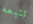
تتبعه